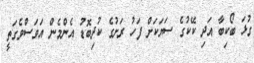
ގުޅަ ބޯކިބާ އަދި ކޭކުގެ ސަޔަކަށް ފަހު ރަށުގެ ކުދިބޮޑު އެންމެން އަވަސްވެގަތީ